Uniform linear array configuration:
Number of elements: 64
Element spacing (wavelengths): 1
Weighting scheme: binomial
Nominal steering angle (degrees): -45
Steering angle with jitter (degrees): -44.016
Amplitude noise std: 0.05
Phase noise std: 0.05

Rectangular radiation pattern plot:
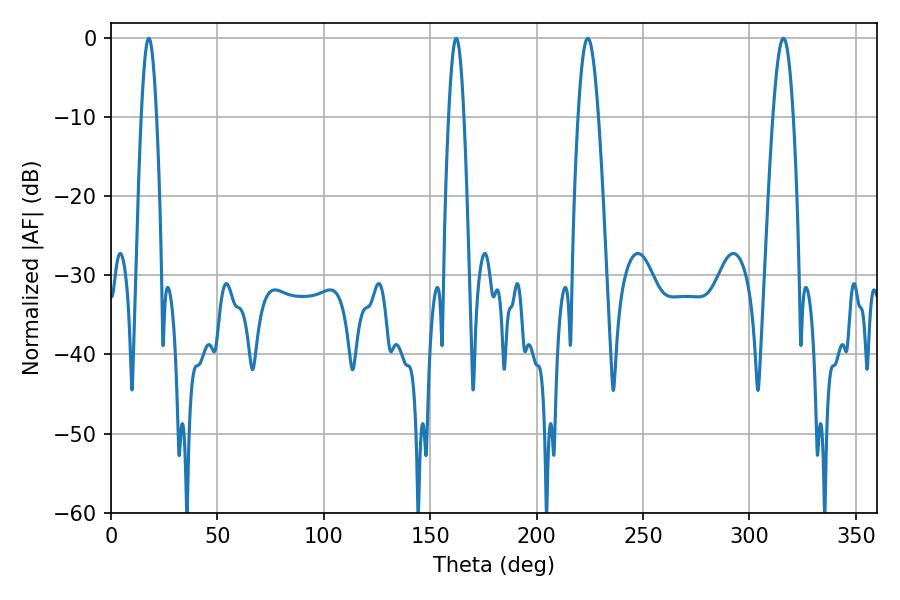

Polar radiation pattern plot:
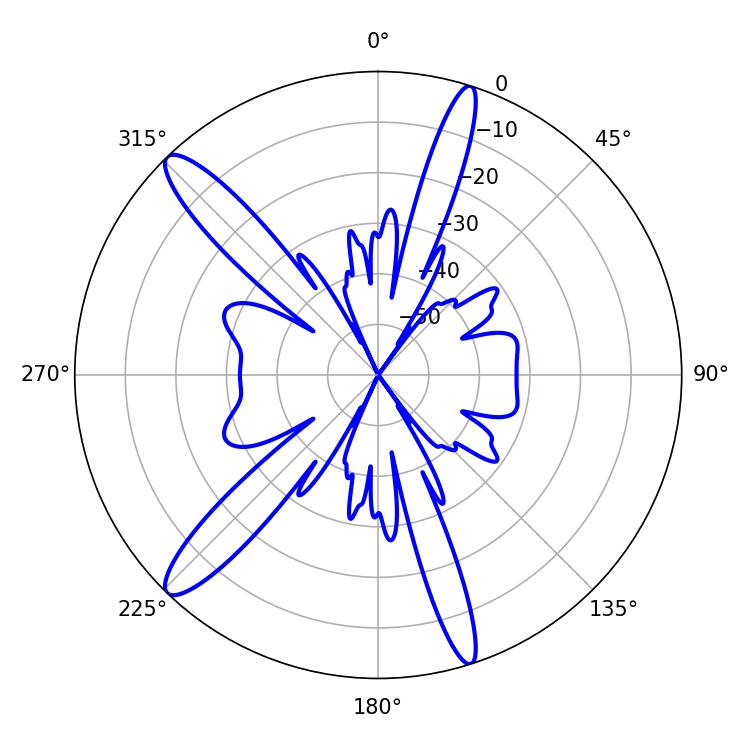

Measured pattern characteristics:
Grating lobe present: TRUE
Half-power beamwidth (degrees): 5.04
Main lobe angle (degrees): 224.1